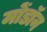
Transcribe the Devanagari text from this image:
मोंडॉन